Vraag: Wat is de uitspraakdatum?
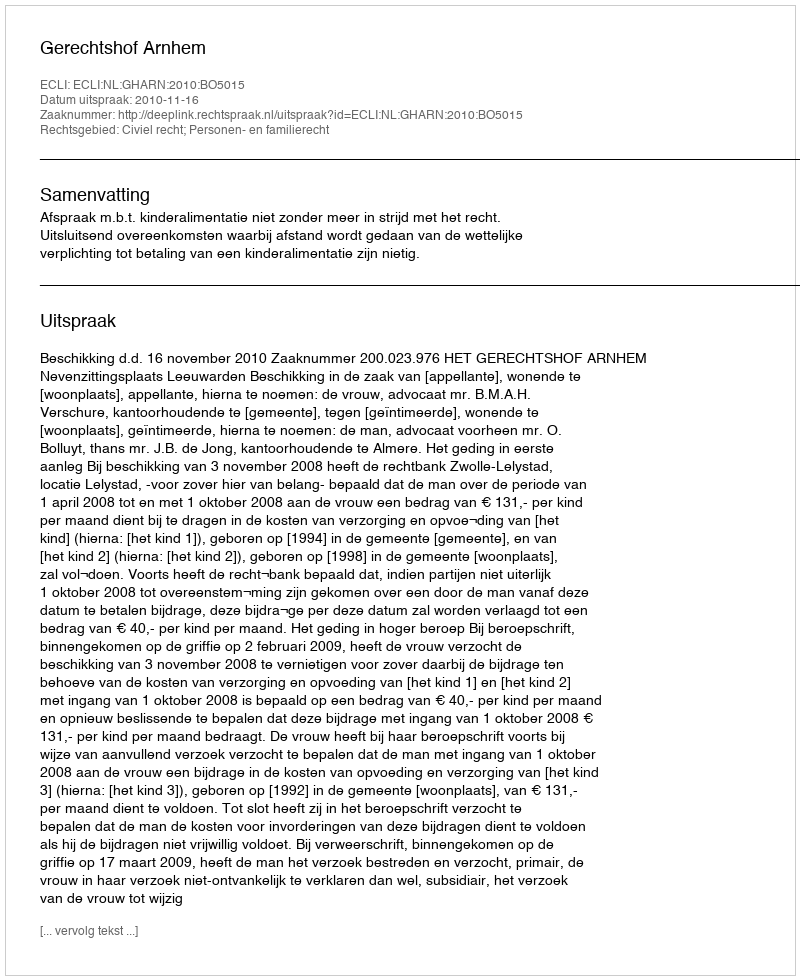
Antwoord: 2010-11-16